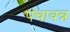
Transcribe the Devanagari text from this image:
पंचावन्न